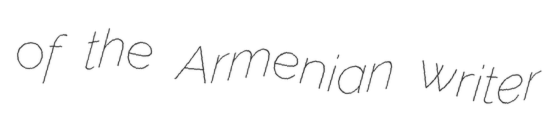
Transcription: of the Armenian writer